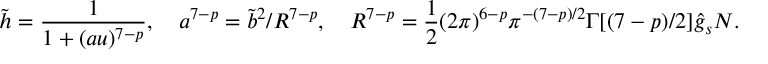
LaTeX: \tilde { h } = \frac { 1 } { 1 + ( a u ) ^ { 7 - p } } , \ \ \ a ^ { 7 - p } = \tilde { b } ^ { 2 } / R ^ { 7 - p } , \ \ \ R ^ { 7 - p } = \frac { 1 } { 2 } ( 2 \pi ) ^ { 6 - p } \pi ^ { - ( 7 - p ) / 2 } \Gamma [ ( 7 - p ) / 2 ] \hat { g } _ { s } N .